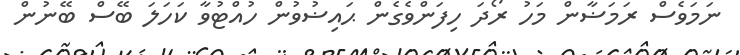
ނަމަވެސް ރަމަޟާން މަހު ރޯދަ ހިފަންވެގެން ޙައިޟުވުން ހުއްޓުވާ ކަހަލަ ބޭސް ބޭނުން